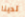
لدينا